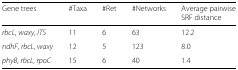
<table><thead><tr><td><b>Gene trees</b></td><td><b>#Taxa</b></td><td><b>#Ret</b></td><td><b>#Networks</b></td><td><b>Average pairwise</b></td></tr><tr><td></td><td></td><td></td><td></td><td><b>SRF distance</b></td></tr></thead><tbody><tr><td><i>rbcL</i>, <i>waxy</i>, <i>ITS</i></td><td>11</td><td>6</td><td>63</td><td>12.2</td></tr><tr><td><i>ndhF</i>, <i>rbcL</i>, <i>waxy</i></td><td>12</td><td>5</td><td>123</td><td>8.0</td></tr><tr><td><i>phyB</i>, <i>rbcL</i>, <i>rpoC</i></td><td>15</td><td>6</td><td>40</td><td>1.4</td></tr></tbody></table>